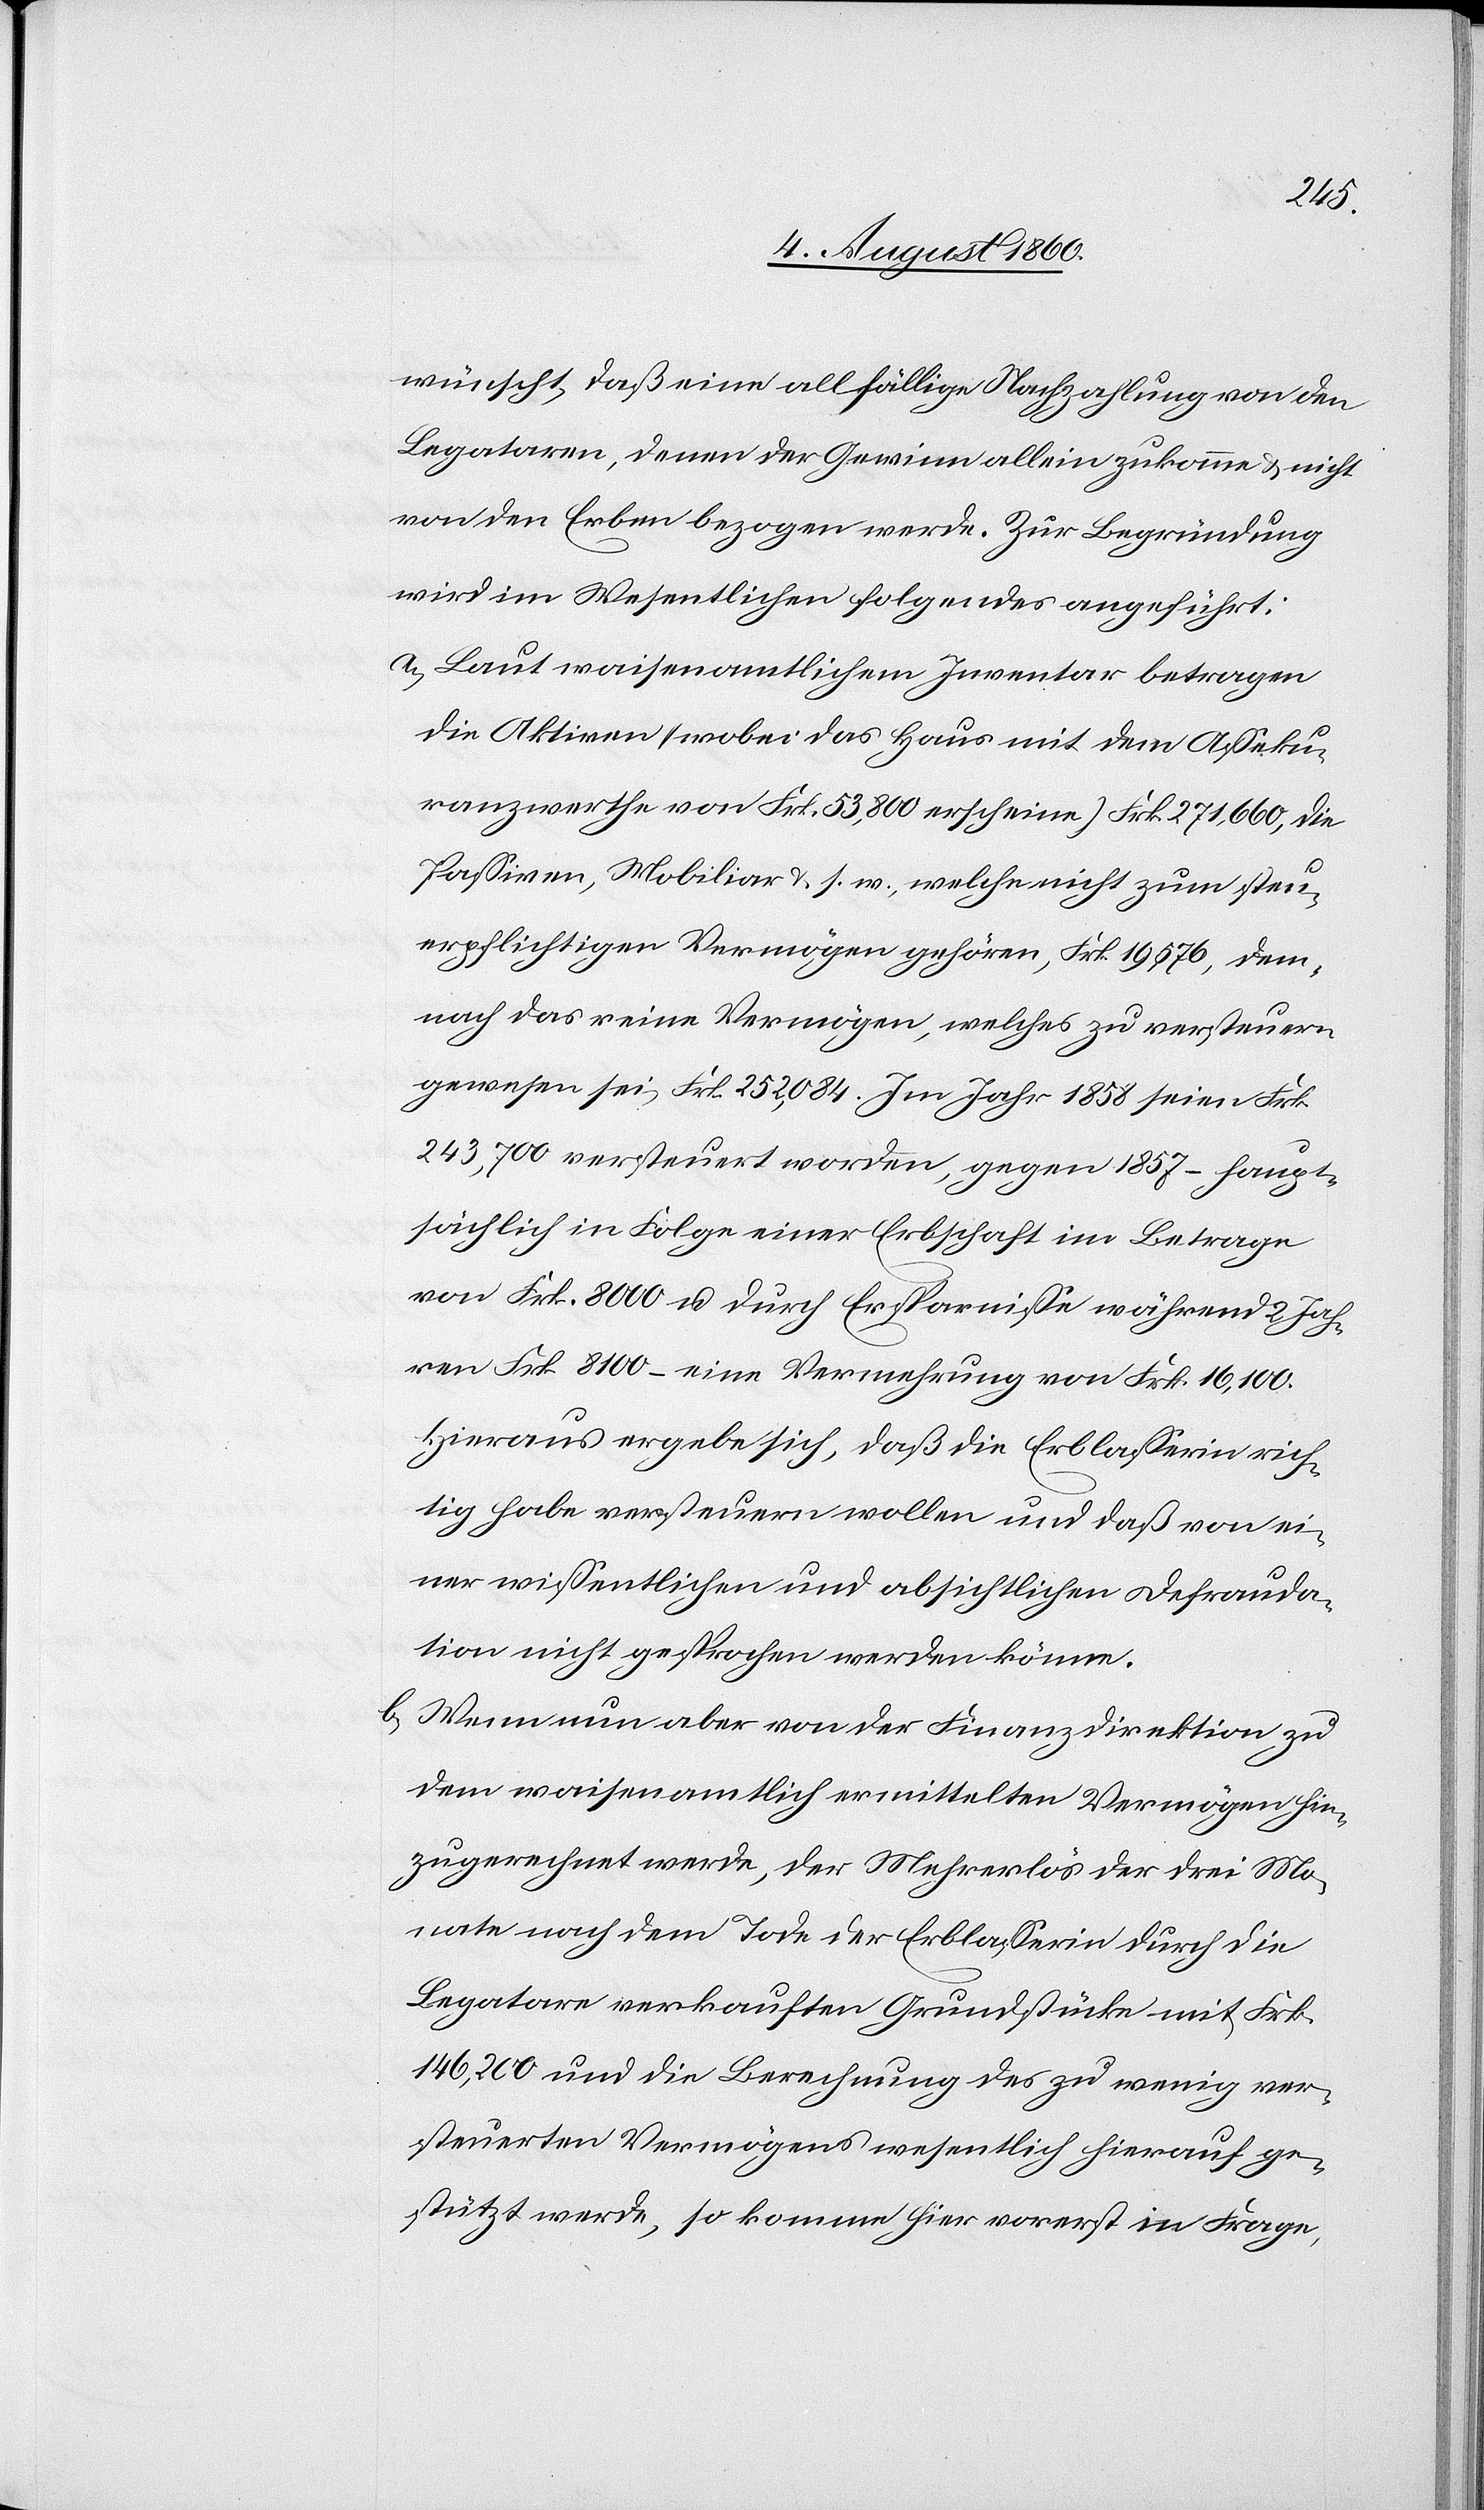
Legataren, denen der Gewinn allein zukomme, und nicht
von den Erben bezogen werde. Zur Begründung
wird im Wesentlichen Folgendes angeführt:
a) Laut waisenamtlichem Inventar betragen
die Aktiven (wobei das Haus mit dem Asseku¬
ranzwerthe von fcs. 53,800 erscheine) fcs. 271,660, die
Passiven, Mobiliar u. s. w., welche nicht zum steu¬
erpflichtigen Vermögen gehören fcs. 19,576, dem¬
nach das reine Vermögen, welches zu versteuern
gewesen sei, fcs. 252,084. Im Jahr 1858 seien fcs.
243,700 versteuert worden gegen 1857 – haupt¬
sächlich in Folge einer Erbschaft im Betrage
von fcs. 8,000 und durch Ersparnisse während 2 Jah¬
ren fcs. 8100 – eine Vermehrung von fcs. 16,100.
Hieraus ergebe sich, dass die Erblasserinn rich¬
tig habe versteuern wollen und dass von ei¬
ner wissentlichen und absichtlichen Defrauda¬
tion nicht gesprochen werden könne.
b) Wenn nun aber von der Finanzdirektion zu
dem waisenamtlich vermittelten Vermögen hin¬
zugerechnet werde, der Mehrerlös der drei Mo¬
nate nach dem Tode der Erblasserin durch die
Legatare verkauften Grundstücke mit fcs.
146,200 und die Berechnung des zu wenig ver¬
steuerten Vermögens wesentlich hierauf ge¬
stützt werde, so komme hier vorerst in Frage,